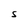
Character: S